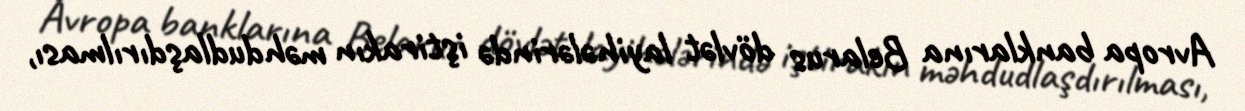
Avropa banklarına Belarus dövlət layihələrində iştirakın məhdudlaşdırılması,